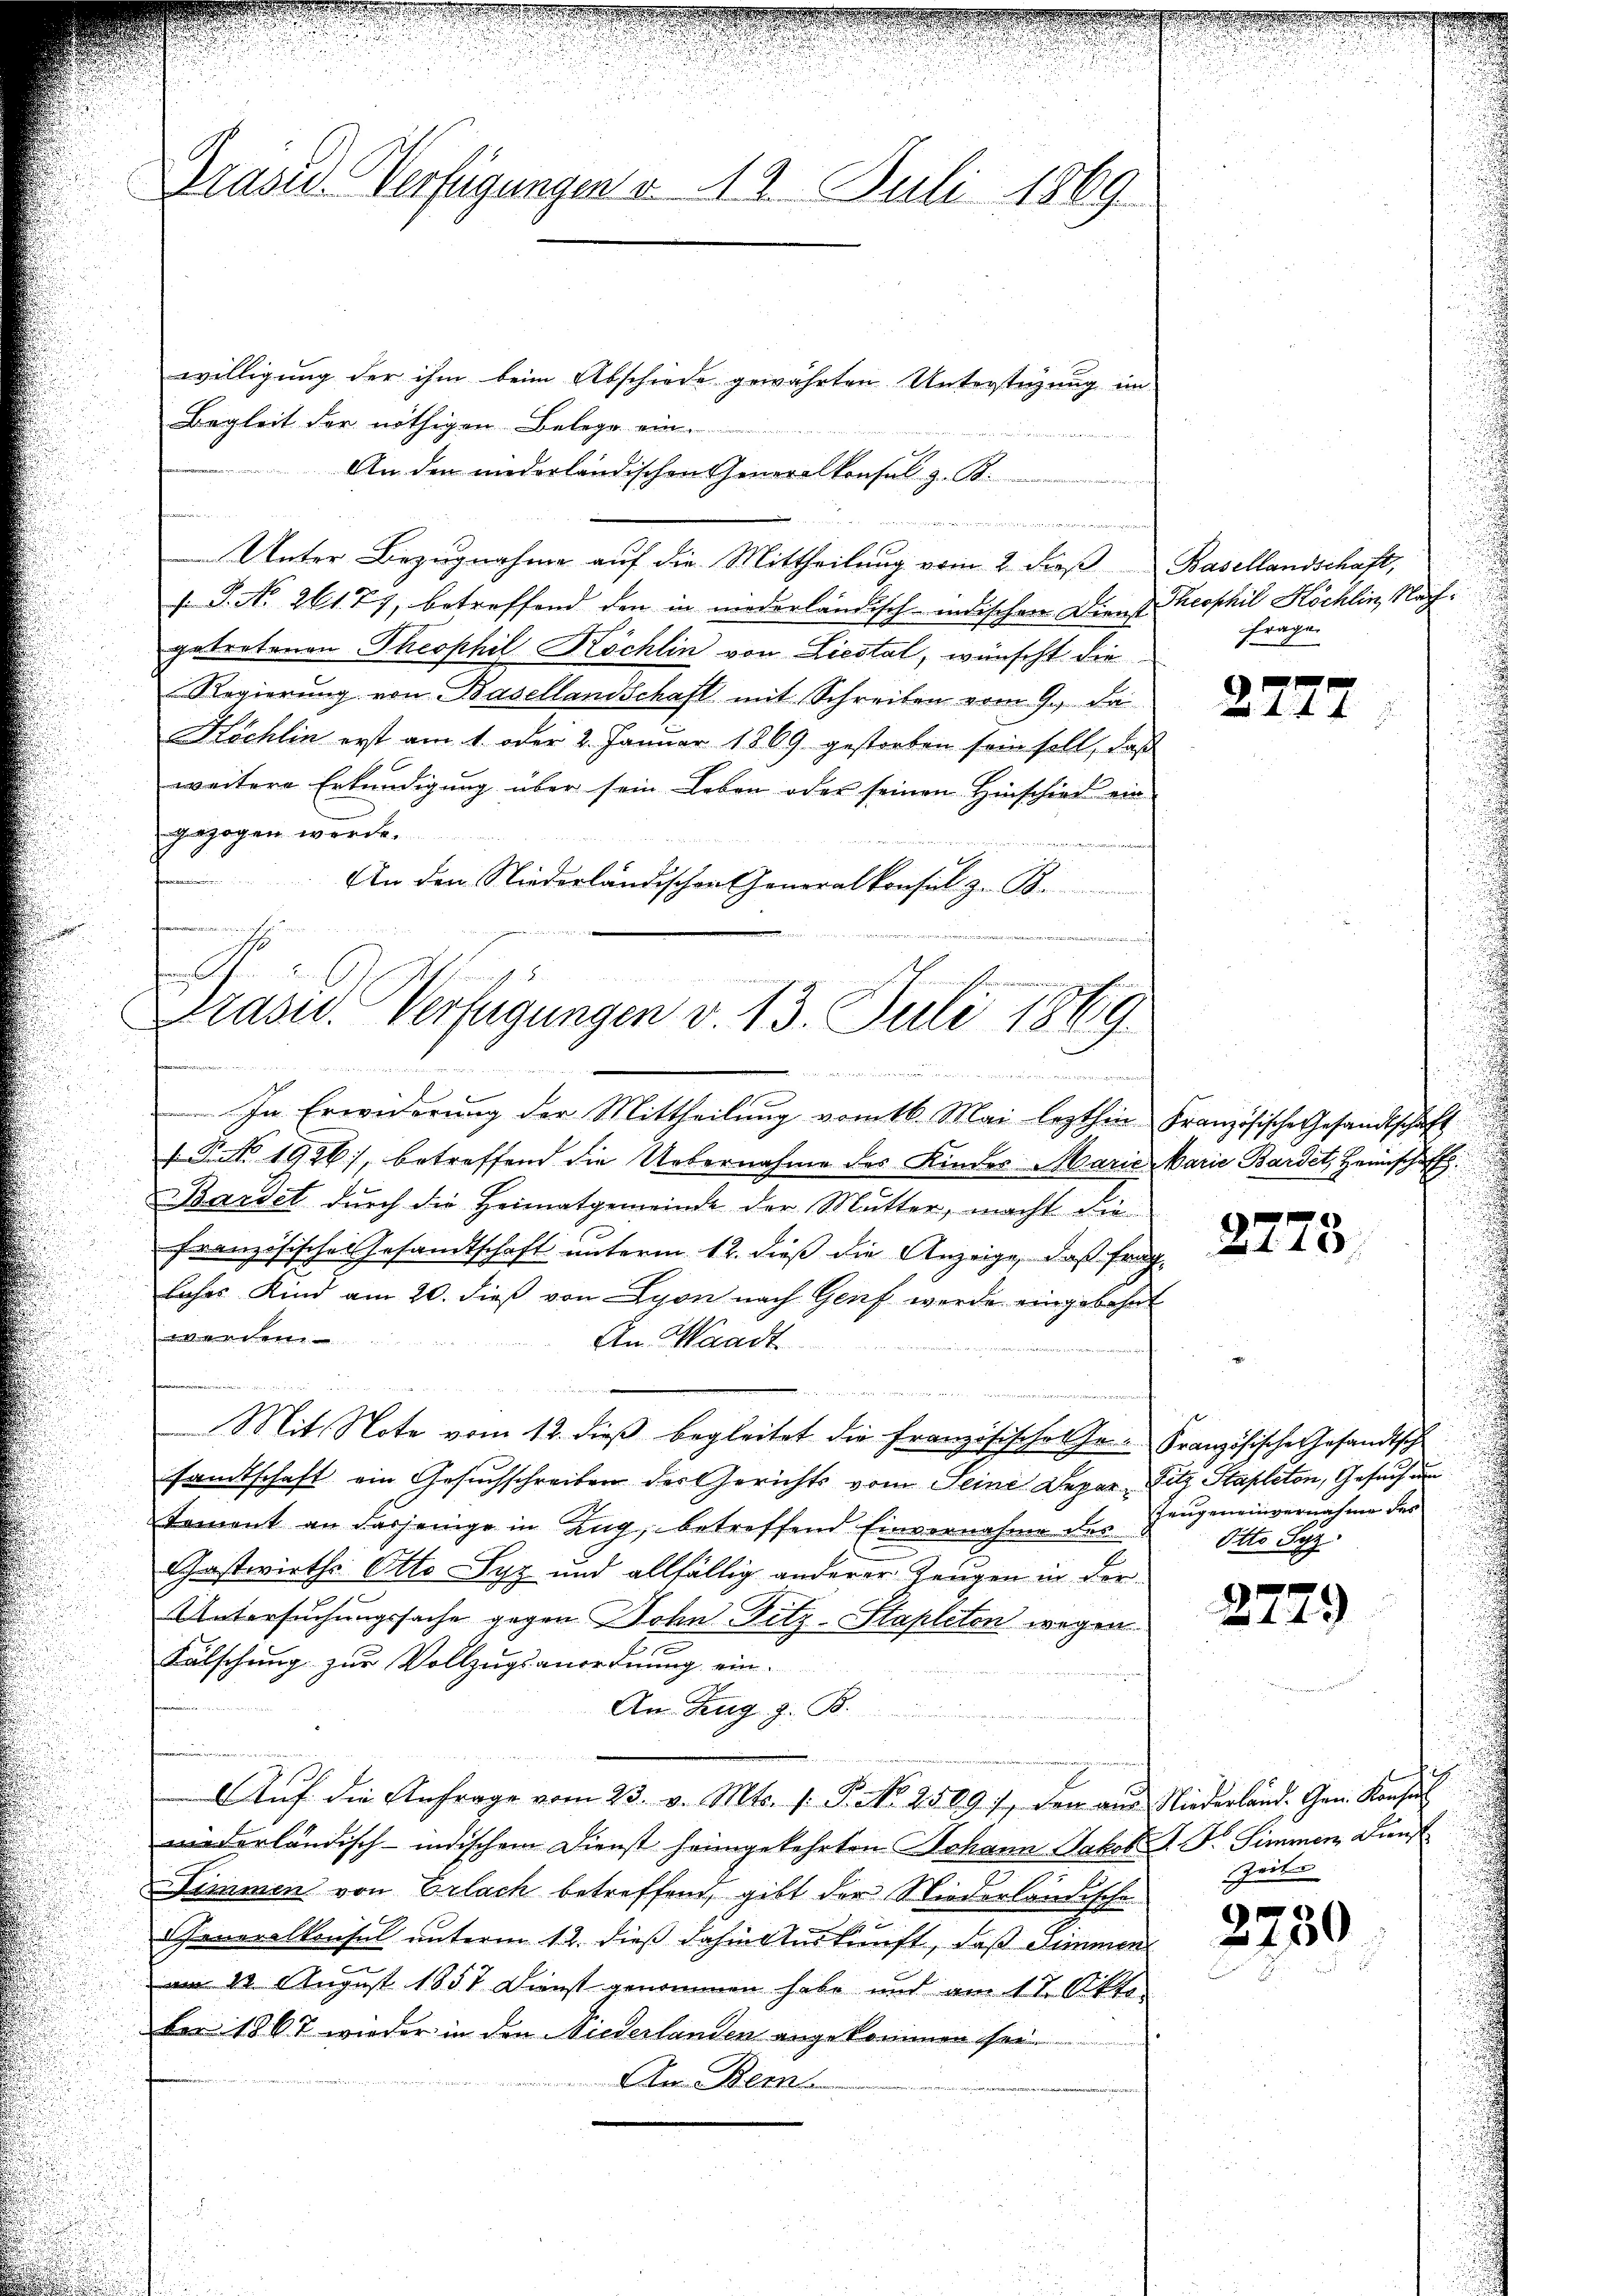
Draser Verfügungen v. 19. Juli 1869
willigung der ihm beim Abschiede gewährten Unterstüzung im

Begleit der nöthigen Belege ein.
An den niederländischen Generalkonsul z. B.
Unter Bezugnahme auf die Mittheilung vom 2 dieß
/. P. No. 261. 77, betreffend den in niederländisch-indischen Dienst
getretenen Theophil Köchlin von Liestal, wünscht die
Regierung von Basellandschaft mit Schreiben vom 9. Ja
Köchlin erst am 1. oder 2. Januar 1869 gestorben sein soll, daß
weitere Erkundigung über sein Leben oder seinen Hinschied ein
gezogen werde.
An den Niederländischen Generalkonsul z. B.
In Erwiderung der Mittheilung vom 16. Mai lezthin
/Pro. 1926), betreffend die Uebernahme des Kinder Marić
Bardet durch die Heimatgemeinde der Mutter, macht die
französisches Gesandtschaft unterm 12. dieß die Anzeige, daß fraglaher Kind am 20. dieß von Lyon nach Genf werde eingebohnt

An Waadt.
—
n
Mit Note vom 12. dieß begleitet die Französische esamtschaft ein Gesuchschreiben des Gerichts vom Seine Departement an dasjenige in Zug, betreffend Einvernahme des
Gastwirths Otto Syz und allfällig anderer Zeugen in der
Untersuchungssache gegen Sohn Fitz-Stapleton wegen
e
Fälschung zur Vollzugsanordnung ein-
An Zug z. B.
Aŭf die Anfrage vom 23. v. Mts. f. P. Nr. 2509), den aŭs Niederland. Gen. Konsen
wiederländisch-indischem Dienst heimgekehrten Johann Jakob R. Dr. Simmen Dienst
Simmen von Erlach betreffend, gibt der Niederländischen
Cheneralkonsul unterm 12. dieß dahin Auskunft, daß Simmen
am 22. August 1857 Dienst genommen habe und am 17. Okt.
ber 1867 wieder in den Niederlanden angekommen sei.
An Bem

d

t
h
f
Prasid. Verfügungen v. 13. Juli 1869
u

.

Basellandschaft,
Theophil Köchlin, Nach¬
Fragen

2777

Französische Gesandtschaft
Marie Bardet, Heimschaff

2778

Französische Gesandtsch
Zitz Stapleton, Gesuch un
Zeugeneinvernahme des
.
Otto Syz.
s

2779)

Zeits

2250